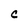
Character: C